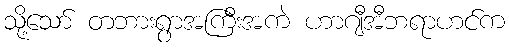
သို့သော် တဘားရွာအကြီးအကဲ ဟာဂျီအီဘရာဟင်က